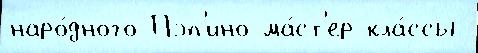
наро́дного Пэп'ино ма́ст'ер-кла́ссы